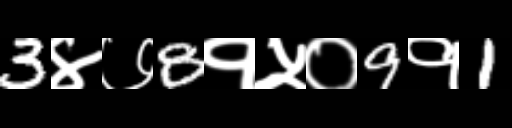
Text: 3४७8१५०9१1